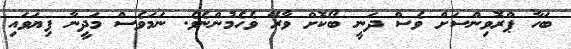
ބަހާ ޕްރޮވިންސަށް ވެސް ދަނީ ބޯކޮށް ވާރޭ ވެހެމުންނެވެ. ނަމަވެސް މަދީނާ ފިޔަވައި